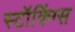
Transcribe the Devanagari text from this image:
स्टॉकिंग्स